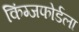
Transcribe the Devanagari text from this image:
किंग्जफोर्डला